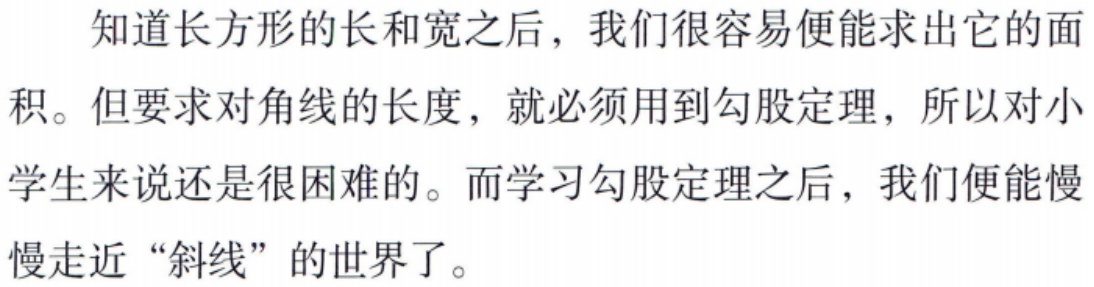
知道长方形的长和宽之后，我们很容易便能求出它的面积。但要求对角线的长度，就必须用到勾股定理，所以对小学生来说还是很困难的。而学习勾股定理之后，我们便能慢慢走近“斜线”的世界了。